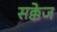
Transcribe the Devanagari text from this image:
सक्केज